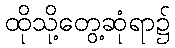
ထိုသို့တွေ့ဆုံရာ၌